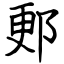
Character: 郠